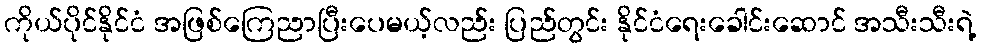
ကိုယ်ပိုင်နိုင်ငံ အဖြစ်ကြေညာပြီးပေမယ့်လည်း ပြည်တွင်း နိုင်ငံရေးခေါင်းဆောင် အသီးသီးရဲ့